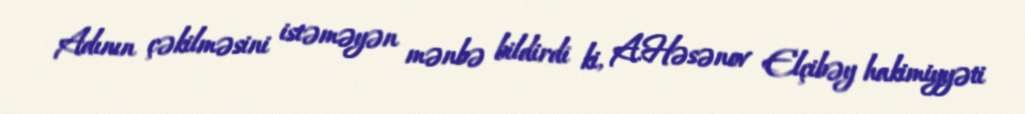
Adının çəkilməsini istəməyən mənbə bildirdi ki, A.Həsənov Elçibəy hakimiyyəti